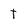
Character: t